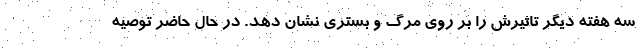
سه هفته دیگر تاثیرش را بر روی مرگ و بستری نشان دهد. در حال حاضر توصیه